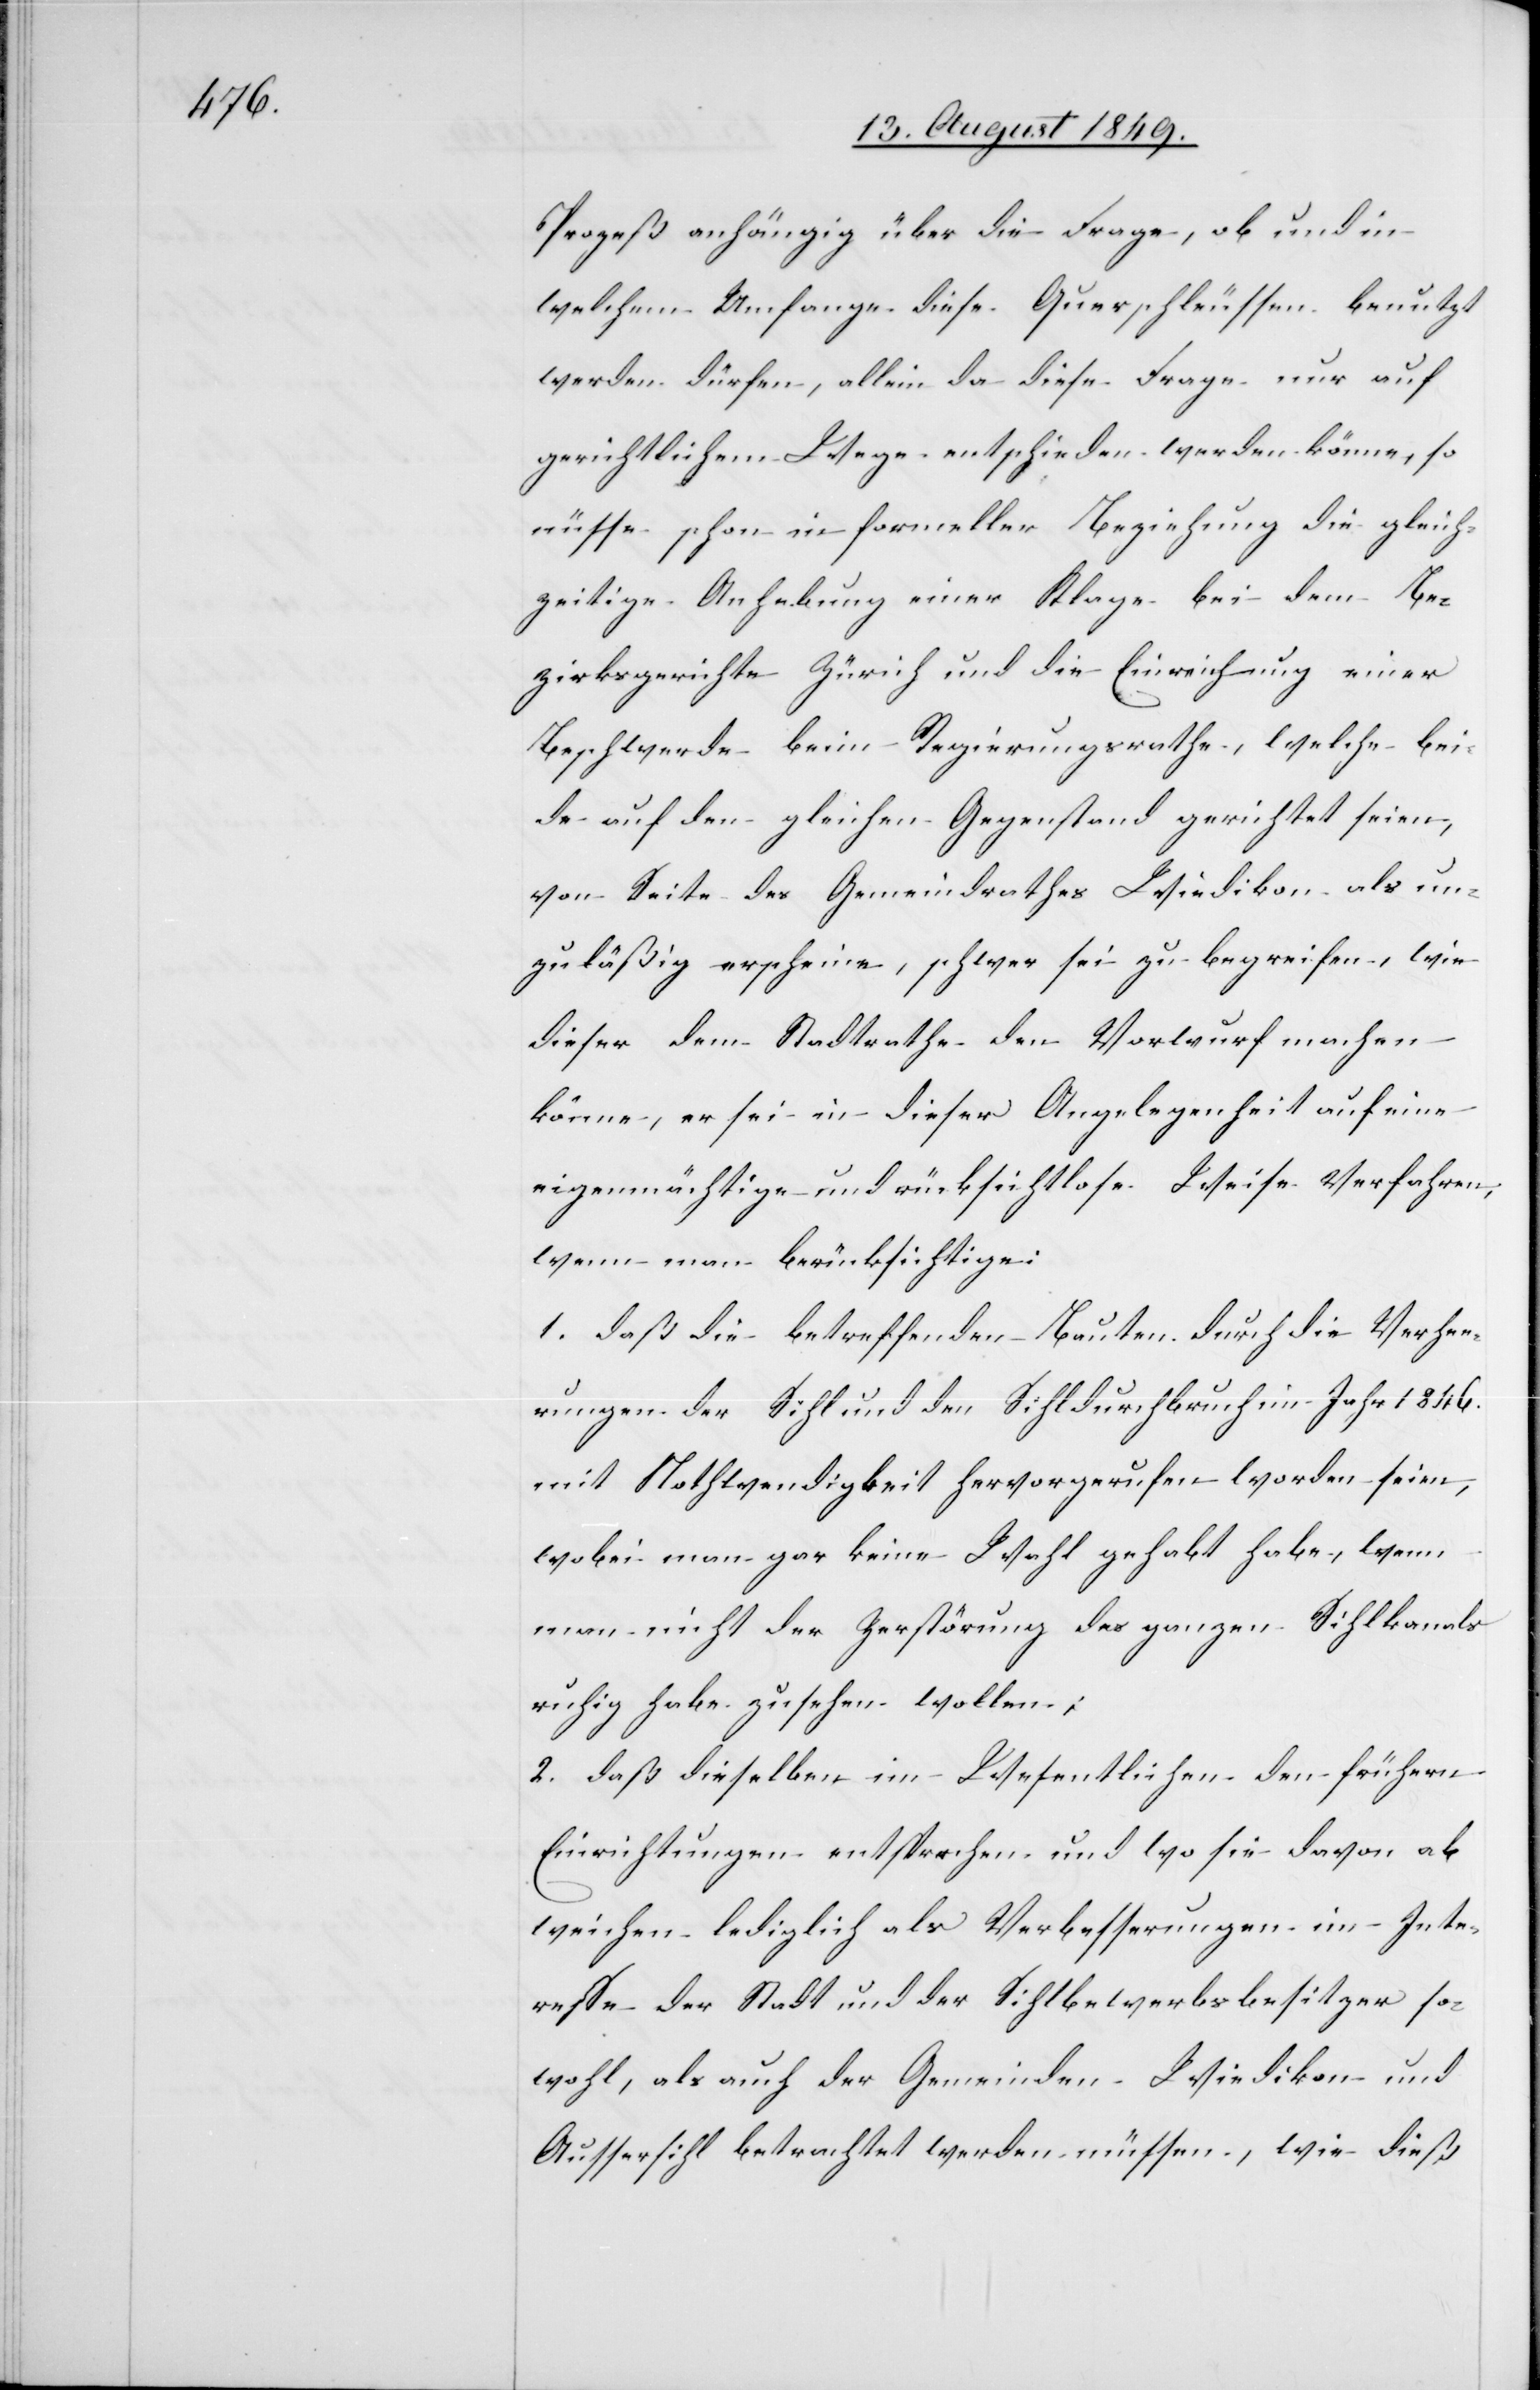
Prozeß anhängig über die Frage, ob und in
welchem Umfange diese Querschleussen benutzt
werden dürfen, allein da diese Frage nur auf
gerichtlichem Wege entschieden werden könne, so
müsse schon in formeller Beziehung die gleich¬
zeitige Anhebung einer Klage bei dem Be¬
zirksgerichte Zürich und die Einreichung einer
Beschwerde beim Regierungsrathe, welche bei¬
de auf den gleichen Gegenstand gerichtet seien,
von Seite des Gemeindrathes Wiedikon als un¬
zuläßig erscheine, schwer sei zu begreifen, wie
dieser dem Stadtrathe den Vorwurf machen
könne, er sei in dieser Angelegenheit auf eine
eigenmächtige und rücksichtlose Weise Verfahren,
wenn man berücksichtige:
1. daß die betreffenden Bauten durch die Verhe¬
erungen der Sihl und den Sihldurchbruch im Jahr 1846.
mit Nothwendigkeit hervorgerufen worden seien,
wobei man gar keine Wahl gehabt habe, wenn
man nicht der Zerstörung des ganzen Sihlkanals
ruhig habe zu sehen wollen;
2. daß dieselben im Wesentlichen den frühern
Einrichtungen entsprechen und wo sie davon ab¬
weichen lediglich als Verbesserungen im Inte¬
resse der Stadt und der Sihlbewerbsbesitzer so¬
wohl, als auch der Gemeinden Wiedikon und
Aussersihl betrachtet werden müssen, wie dieß